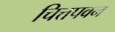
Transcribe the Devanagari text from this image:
चित्तपवन